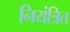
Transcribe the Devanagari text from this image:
नियंत्रित